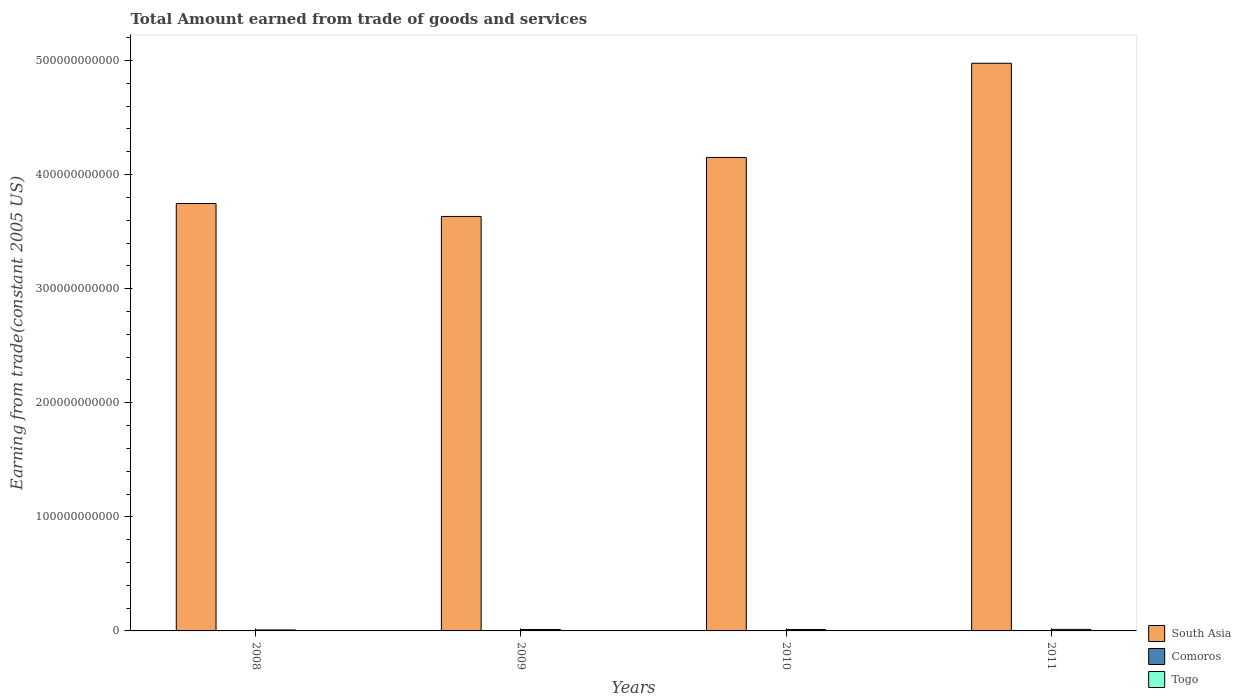
| Years | South Asia | Comoros | Togo |
 | --- | --- | --- | --- |
 | 2008 | 3.75e+11 | 2.22e+08 | 8.85e+08 |
 | 2009 | 3.63e+11 | 2.21e+08 | 1.24e+09 |
 | 2010 | 4.15e+11 | 2.64e+08 | 1.25e+09 |
 | 2011 | 4.98e+11 | 2.78e+08 | 1.35e+09 |